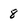
Character: 8